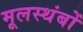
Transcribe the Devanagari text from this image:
मूलस्थंबों